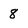
Character: 8